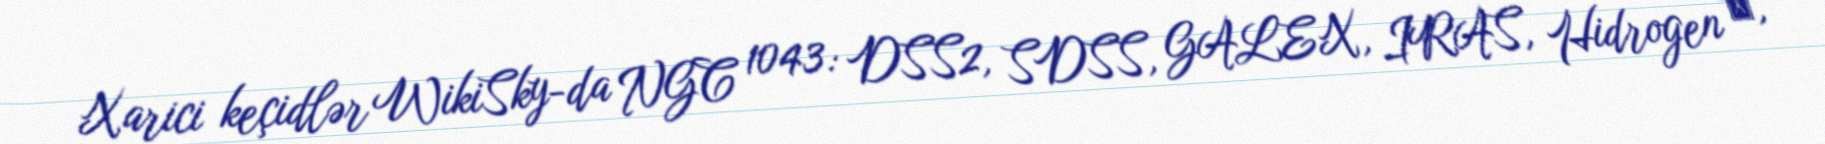
Xarici keçidlər WikiSky-da NGC 1043: DSS2, SDSS, GALEX, IRAS, Hidrogen α,